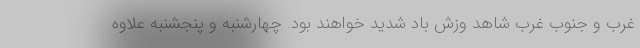
غرب و جنوب غرب شاهد وزش باد شدید خواهند بود. چهارشنبه و پنجشنبه علاوه